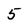
Character: 5